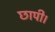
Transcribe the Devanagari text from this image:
छापी।